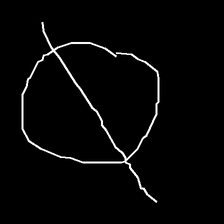
Glyph: orb